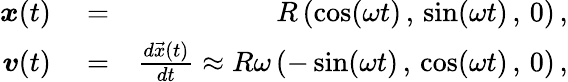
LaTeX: \begin{array}{rlr}{\boldsymbol{x}(t)}&{{}=}&{R\left(\cos(\omega t)\, ,\, \sin(\omega t)\, ,\, 0\right)\, ,}\\ {\boldsymbol{v}(t)}&{{}=}&{\frac{d\vec{x}(t)}{dt}\approx R\omega\left(-\sin(\omega t)\, ,\, \cos(\omega t)\, ,\, 0\right)\, ,}\end{array}